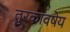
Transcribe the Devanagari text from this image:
तुरकावषेय